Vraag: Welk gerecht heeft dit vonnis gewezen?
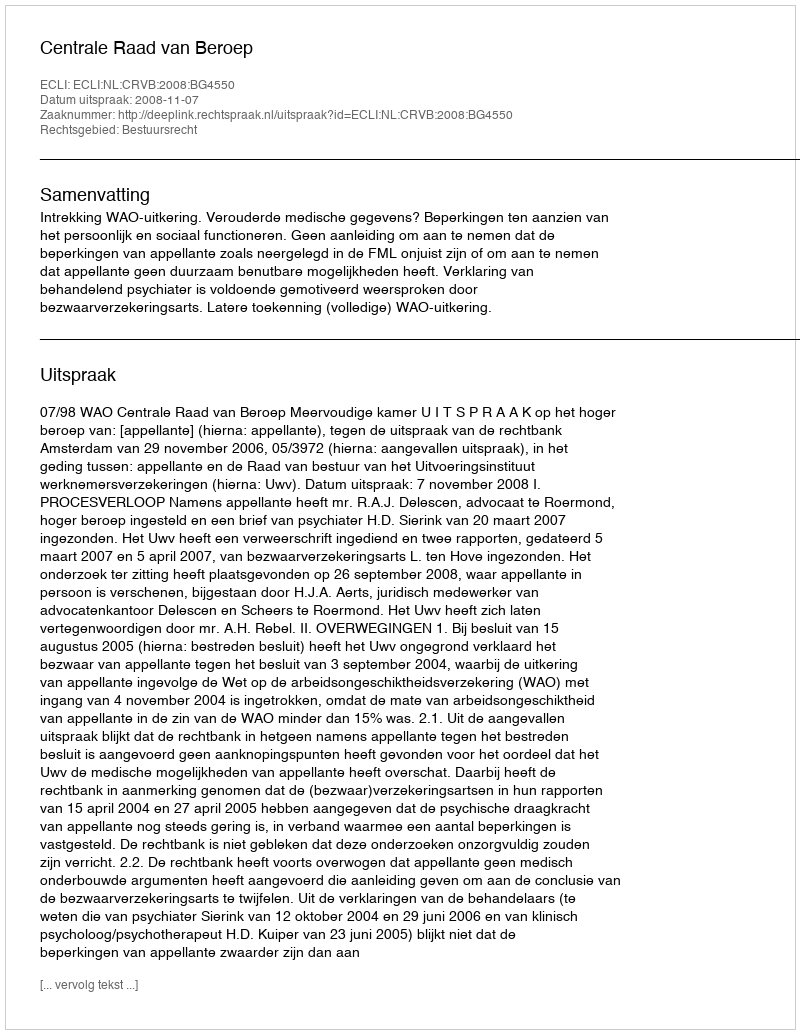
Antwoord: Centrale Raad van Beroep